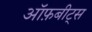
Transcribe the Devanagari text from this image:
ऑफ़बीट्स